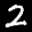
Label: 2